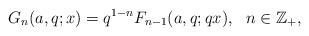
LaTeX: \begin{align*}G_{n}(a,q;x)=q^{1-n}F_{n-1}(a,q;qx),\ \ n\in\mathbb{Z}_{+},\end{align*}